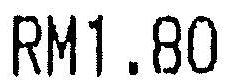
RM1.80